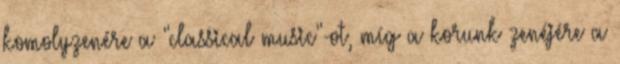
komolyzenére a "classical music"-ot, míg a korunk zenéjére a